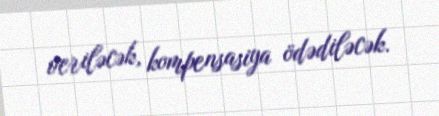
veriləcək, kompensasiya ödədiləcək.